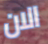
الان